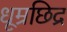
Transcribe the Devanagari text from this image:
धूम्रछिद्र